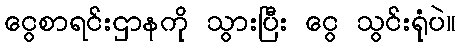
ငွေစာရင်းဌာနကို သွားပြီး ငွေ သွင်းရုံပဲ။